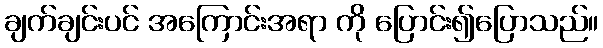
ချက်ချင်းပင် အကြောင်းအရာ ကို ပြောင်း၍ပြောသည်။